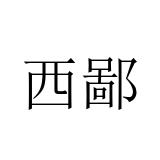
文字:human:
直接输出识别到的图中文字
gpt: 西鄙